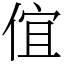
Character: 𠊙